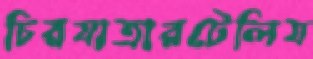
চিরযাত্রারটেলিয